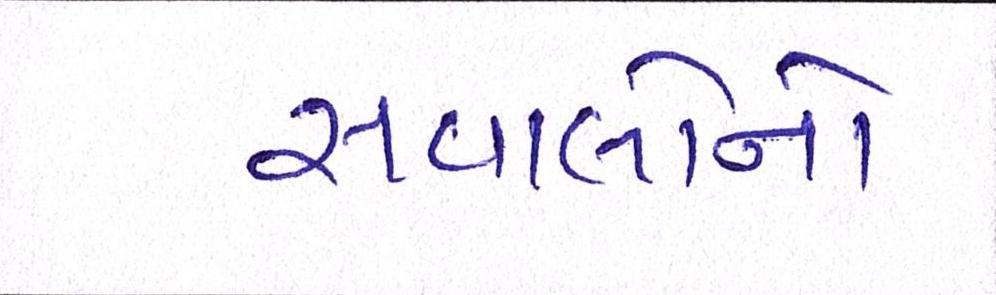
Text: સવાલોનો